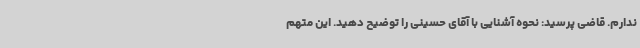
ندارم. قاضی پرسید: نحوه آشنایی با آقای حسینی را توضیح دهید. این متهم